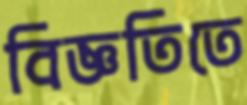
বিজ্ঞতিতে